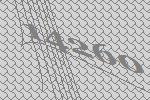
14260